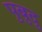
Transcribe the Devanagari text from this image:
पुबुदु